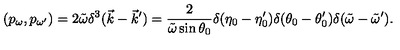
( p _ { \omega } , p _ { \omega ^ { \prime } } ) = 2 \tilde { \omega } \delta ^ { 3 } ( \vec { k } - \vec { k } ^ { \prime } ) = \frac { 2 } { \tilde { \omega } \sin \theta _ { 0 } } \delta ( \eta _ { 0 } - \eta _ { 0 } ^ { \prime } ) \delta ( \theta _ { 0 } - \theta _ { 0 } ^ { \prime } ) \delta ( \tilde { \omega } - \tilde { \omega } ^ { \prime } ) .